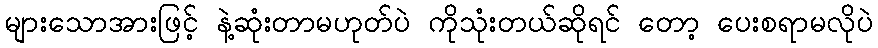
များသောအားဖြင့် နဲ့ဆုံးတာမဟုတ်ပဲ ကိုသုံးတယ်ဆိုရင် တော့ ပေးစရာမလိုပဲ